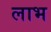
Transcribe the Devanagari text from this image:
लाभ